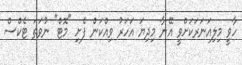
ހާވީ މިލިއަނަރަކަށްވީ އޭނާ މިދިޔަ އަހަރު ވިއްކަން ފެށި "މޮޓް" ނުވަތަ ޓެކްސް